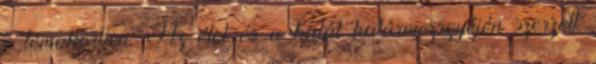
e témakörben. Az élet és a halál határmezsgyéjén szerzett